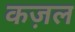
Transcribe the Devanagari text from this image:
कज़ल